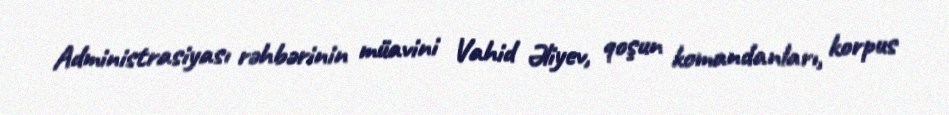
Administrasiyası rəhbərinin müavini Vahid Əliyev, qoşun komandanları, korpus